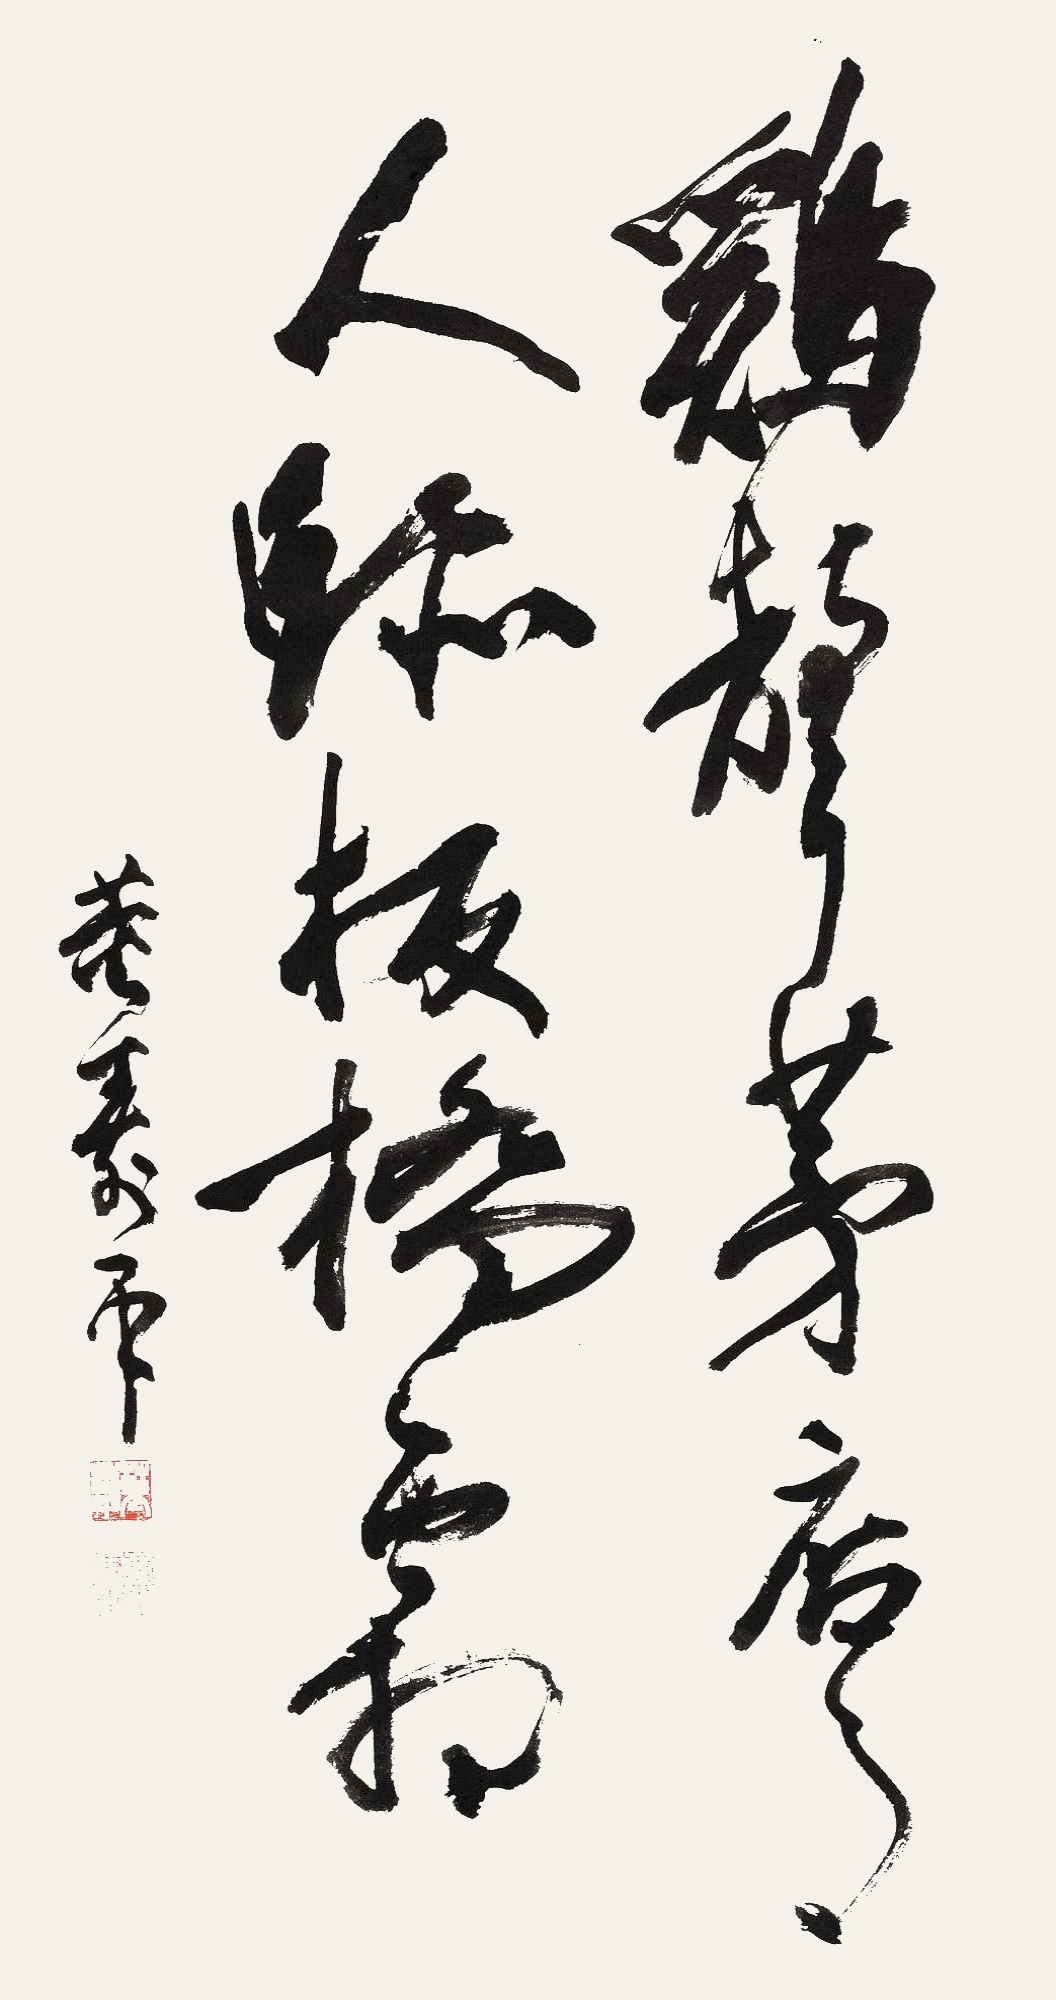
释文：鸡声茅店月，人迹板桥霜。董寿平。